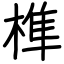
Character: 榫